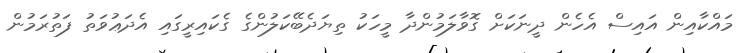
މައްކާއިން އައިސް އެހެން ދީނަކަށް ގޮވާލަމުންދާ މީހަކު ތިޔަދެބޭކަލުންގެ ގެކައިރީގައި އެދަޢުވަތު ފަތުރަމުން